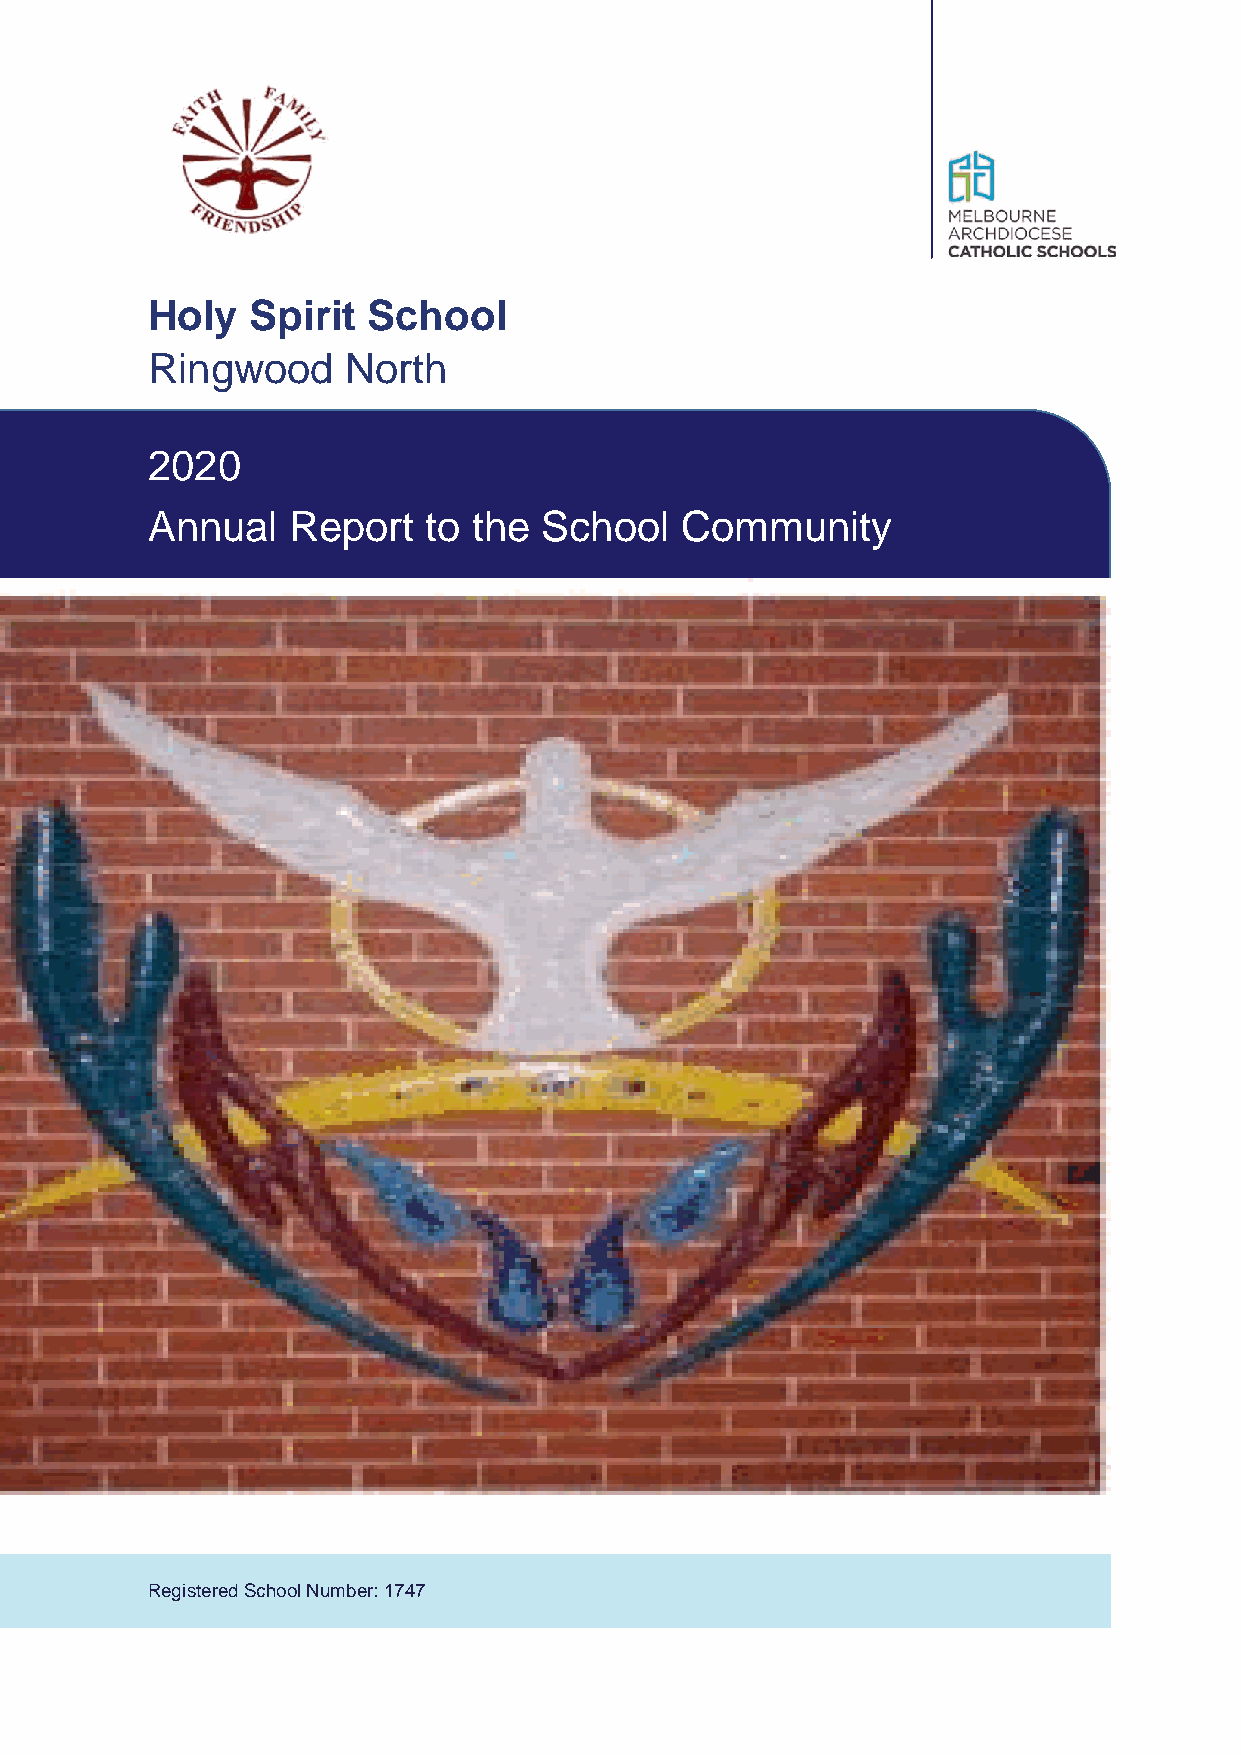
Holy   Spirit School
 Ringwood     North
 2020
 Annual   Report   to the  School   Community
 Registered School Number: 1747